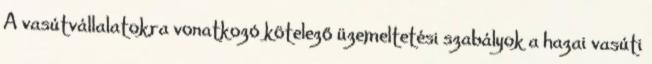
A vasútvállalatokra vonatkozó kötelező üzemeltetési szabályok a hazai vasúti